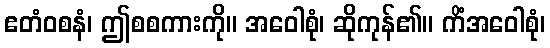
ဧတံဝစနံ၊ ဤစစကားကို။ အဝေါစုံ၊ ဆိုကုန်၏။ ကိံအဝေါစုံ၊